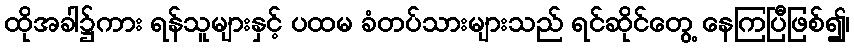
ထိုအခါ၌ကား ရန်သူများနှင့် ပထမ ခံတပ်သားများသည် ရင်ဆိုင်တွေ့ နေကြပြီဖြစ်၍၊